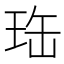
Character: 珤